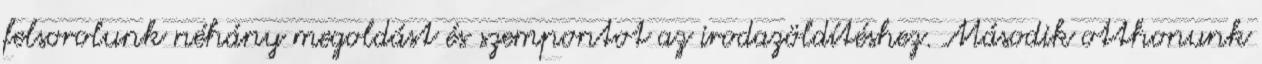
felsorolunk néhány megoldást és szempontot az irodazöldítéshez. Második otthonunk